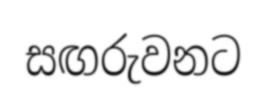
සඟරුවනට